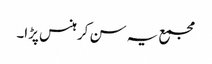
مجمع یہ سن کر ہنس پڑا۔